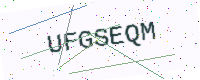
Text: UFGSEQM